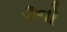
૭નો